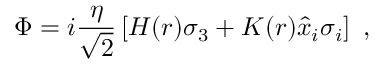
\Phi = i \frac { \eta } { \sqrt { 2 } } \left[ H ( r ) \sigma _ { 3 } + K ( r ) \hat { x } _ { i } \sigma _ { i } \right] \ ,